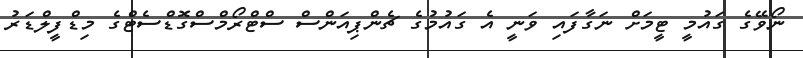
ނޯވޭގެ ގަައުމީ ޓީމަށް ނަގާފައި ވަނީ އެ ގައުމުގެ ޗެންޕިއަންސް ސްޓްރޯމްސްގޮޑްސެޓްގެ މިޑްފީލްޑަރު